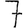
Digit: 7